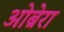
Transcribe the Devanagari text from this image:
ओब्रेरा